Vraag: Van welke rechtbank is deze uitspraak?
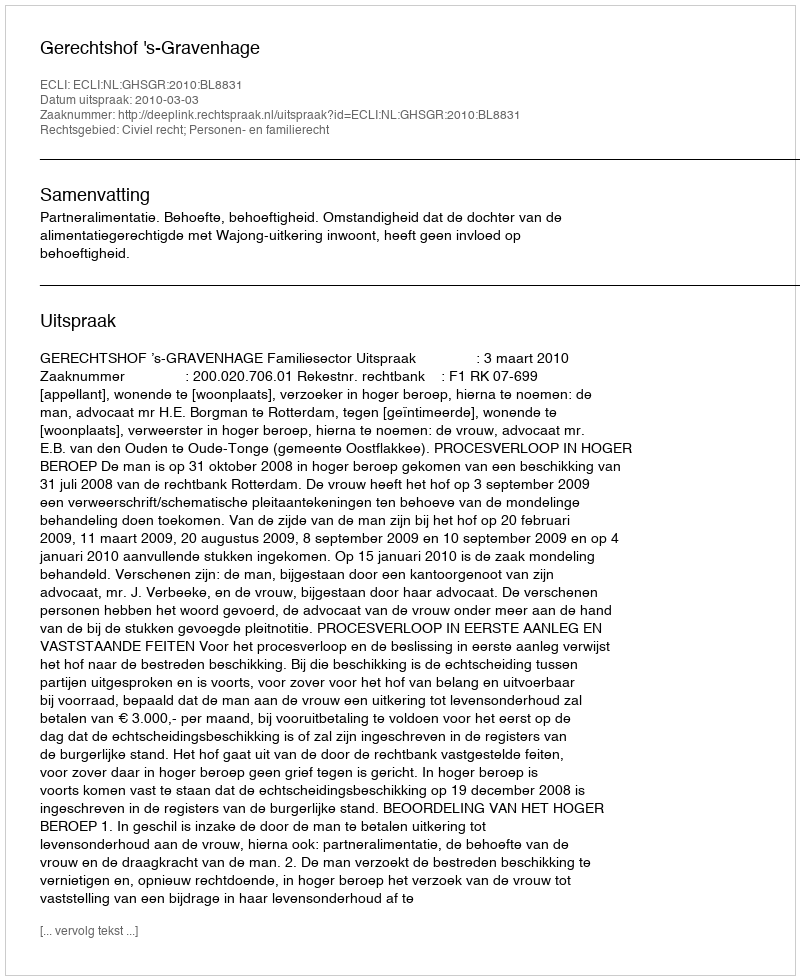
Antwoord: Gerechtshof 's-Gravenhage